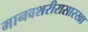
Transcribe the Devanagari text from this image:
मानवशरीरासारखा